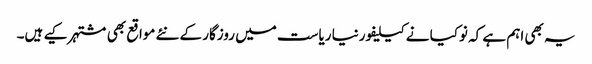
یہ بھی اہم ہے کہ نوکیا نے کیلیفورنیا ریاست میں روزگار کے نئے مواقع بھی مشتہر کیے ہیں۔